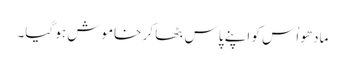
مادھو اُس کو اپنے پاس بٹھا کر خاموش ہو گیا۔